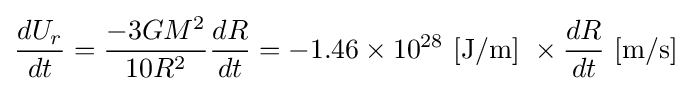
{\frac {dU_{r}}{dt}}={\frac {-3GM^{2}}{10R^{2}}}{\frac {dR}{dt}}=-1.46\times 10^{28}~{\text{[J/m]}}~\times {\frac {dR}{dt}}~{\text{[m/s]}}